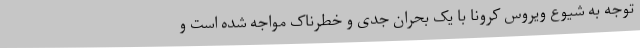
توجه به شیوع ویروس کرونا با یک بحران جدی و خطرناک مواجه شده است و